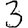
Digit: 3